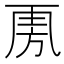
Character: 𣃪